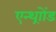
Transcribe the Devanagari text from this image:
एन्थ्राोंड